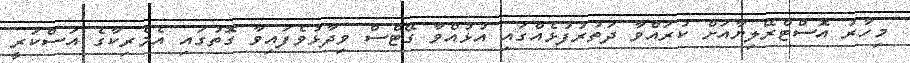
މިހާރު އޮސްޓްރޭލިޔާއަށް ކުރައްވާ ދަތުރުފުޅެއްގައި އުޅުއްވާ ގޭޓްސް ވިދާޅުވެފައިވާ ގޮތުގައި އެމެރިކާގެ އަސްކަރީ